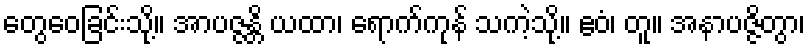
တွေဝေခြင်းသို့။ အာပဇ္ဇန္တိ ယထာ၊ ရောက်ကုန် သကဲ့သို့။ ဧဝံ၊ တူ။ အနာပဇ္ဇိတွာ၊